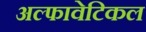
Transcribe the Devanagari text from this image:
अल्फावेटिकल